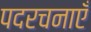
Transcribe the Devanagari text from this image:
पदरचनाएँ